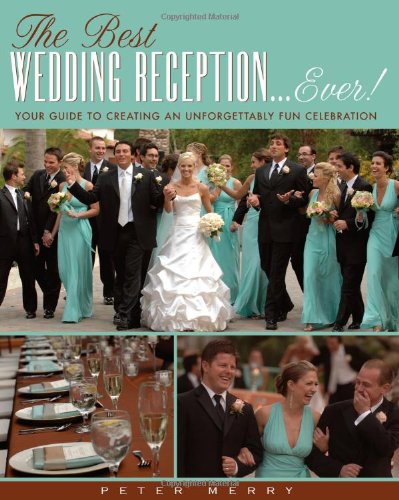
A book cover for The Best Wedding Reception Ever! Your Guide to Creating an Unforgettably Fun Celebration; Peter Merry; Crafts, Hobbies & Home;